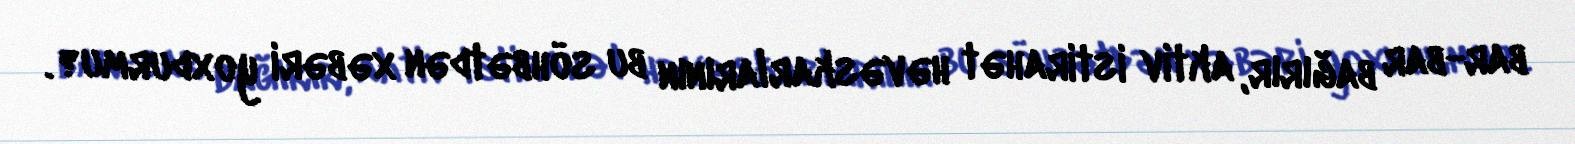
bar-bar bağırır, aktiv istirahət həvəskarlarının bu söhbətdən xəbəri yoxdurmu?.